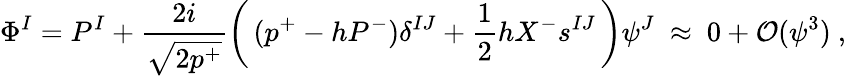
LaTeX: \Phi^{I}=P^{I}+\frac{2i}{\sqrt{2p^{+}}}\left(\, (p^{+}-hP^{-})\delta^{IJ}+\frac{1}{2}hX^{-}s^{IJ}\, \right)\psi^{J}~\approx~0+{\cal O}(\psi^{3})~,